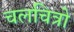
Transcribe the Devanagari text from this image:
चलचित्रो